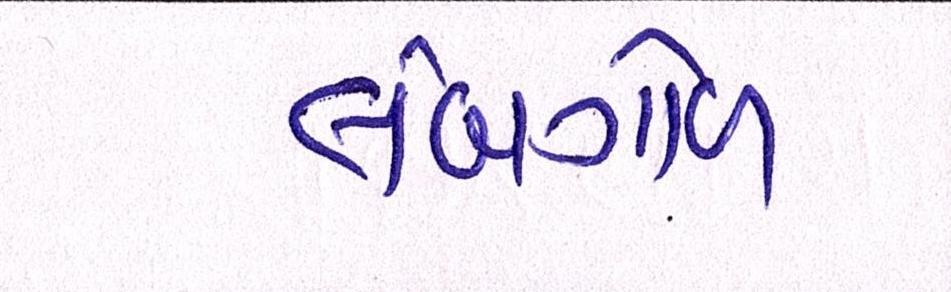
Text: લંબગોળ